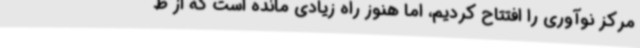
مرکز نوآوری را افتتاح کردیم، اما هنوز راه زیادی مانده است که از ظ